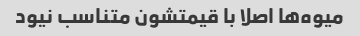
میوه‌ها اصلا با قیمتشون متناسب نیود